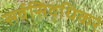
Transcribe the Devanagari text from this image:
सर्वसिद्धिकरं